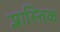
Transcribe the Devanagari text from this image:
प्लास्तिक